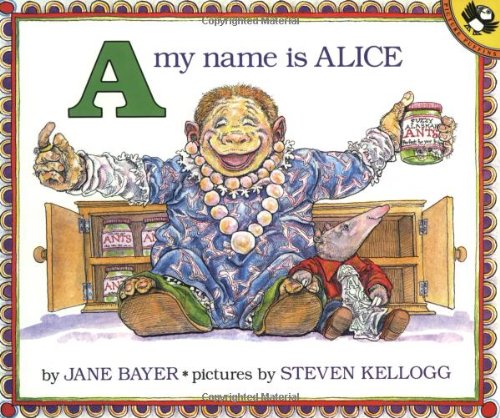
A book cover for A, My Name Is Alice (Picture Puffin Books); Jane E. Bayer; Children's Books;